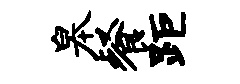
皋餐距